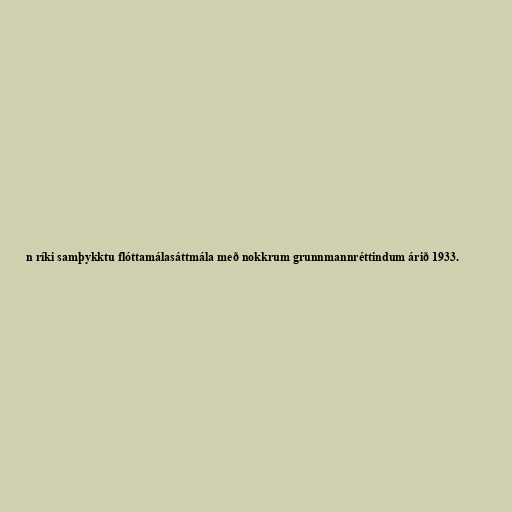
n ríki samþykktu flóttamálasáttmála með nokkrum grunnmannréttindum árið 1933.